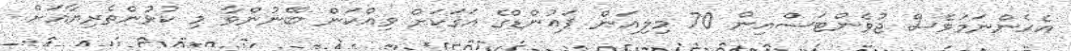
އެހެންނަމަވެސް ޖުވެންޓަސްއިން 70 މިލިއަން ޕައުންޑްގެ އަގަކަށް ވިއްކަން ބޭނުންވާ މި ކުޅުންތެރިޔާއަށް